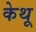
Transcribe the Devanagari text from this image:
केथू